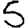
Digit: 5